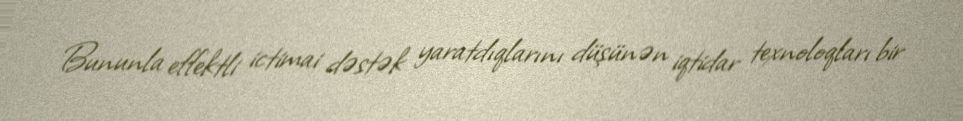
Bununla effektli ictimai dəstək yaratdıqlarını düşünən iqtidar texnoloqları bir